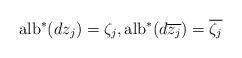
LaTeX: \begin{align*} {\rm alb}^* ( d z_j ) = \zeta_j , {\rm alb}^* ( d \overline{z_j} ) = \overline{\zeta_j} \end{align*}